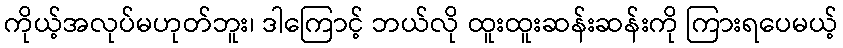
ကိုယ့်အလုပ်မဟုတ်ဘူး၊ ဒါကြောင့် ဘယ်လို ထူးထူးဆန်းဆန်းကို ကြားရပေမယ့်